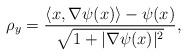
LaTeX: \begin{align*} \rho_y = \frac{\langle x, \nabla \psi(x) \rangle - \psi(x)}{\sqrt{1 + |\nabla \psi(x)|^2}}, \end{align*}